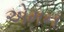
એમન